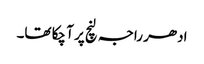
ادھر راجہ لنچ پر آ چکا تھا۔